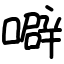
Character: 噼